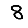
Digit: 8